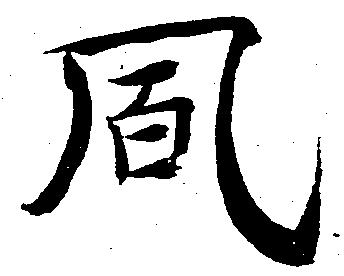
風